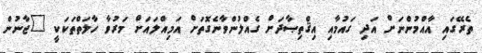
ތެރޭގައި އާއްމުންނަށް އަދި ގައުމާއި އިޤްތިޞާދަށް ގެއްލުންވާނެގޮތަށް އަމިއްލައަށް މަރުވާ ހާލަތްތަކަކީ "ޖާނުން